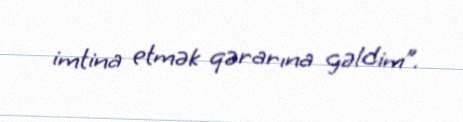
imtina etmək qərarına gəldim”.